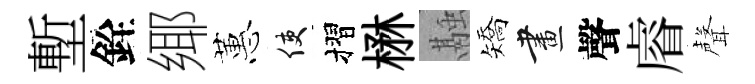
塹銓鄊蕙使摺楙融矯畫聲𥈠聲